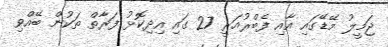
ޖަމީލު މޭޑޭގައި އާއި ފެބްރުއަރީ 27 ގައި އިދިކޮޅު ފަރާތް ތަކުން ބޭއްވި